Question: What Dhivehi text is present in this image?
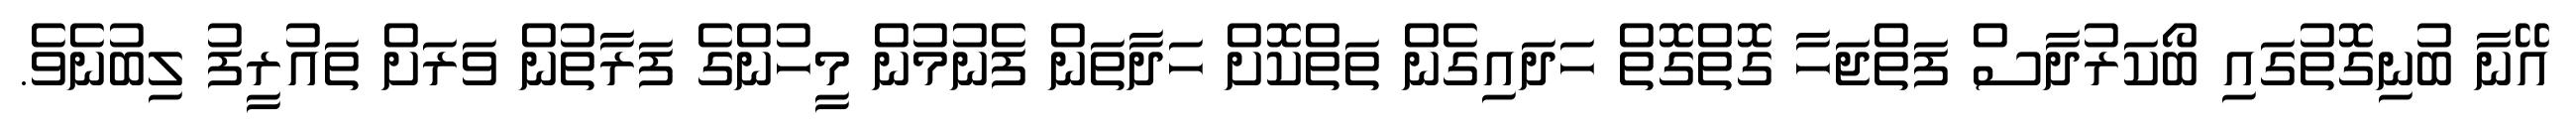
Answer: އޭނާ ބުނިގޮތުގައި ބޯކަރުދާސް ފަތްޖަހާ ގޮތްގޮތް ހަދައިގެން ތަތްކޮށް ހަދާތަން ފެނުމުން މީހުންގެ ފަރާތުން ވަރަށް ތައުރީފު ލިބުނެވެ.